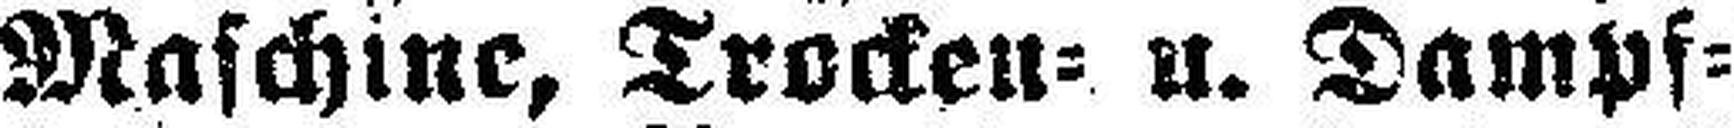
Maschine, Trocken= u. Dampf¬